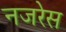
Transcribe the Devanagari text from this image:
नजरेेस